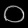
Digit: ၀